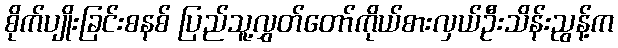
စိုက်ပျိုးခြင်းစနစ် ပြည်သူ့လွှတ်တော်ကိုယ်စားလှယ်ဦးသိန်းညွန့်က